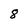
Character: 8